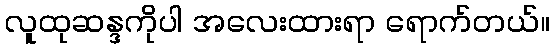
လူထုဆန္ဒကိုပါ အလေးထားရာ ရောက်တယ်။